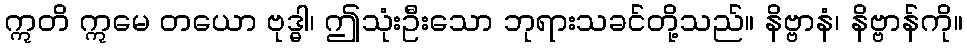
ဣတိ ဣမေ တယော ဗုဒ္ဓါ၊ ဤသုံးဦးသော ဘုရားသခင်တို့သည်။ နိဗ္ဗာနံ၊ နိဗ္ဗာန်ကို။